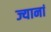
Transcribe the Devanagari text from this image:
ज्यानां